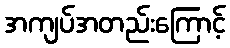
အကျပ်အတည်းကြောင့်